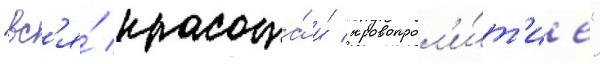
"вс'я́ красота́ и́ кровопрол'и́т'ие"